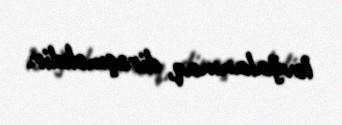
lovğalanmaq, dirəşməkdir.